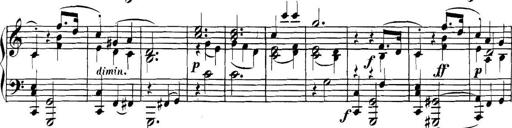
Title: Collected Piano Sonatas
Composer: Muzio Clementi